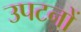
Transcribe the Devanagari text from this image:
उपटनों